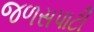
જળસપાટી